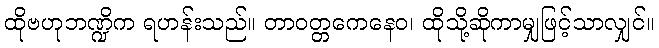
ထိုဗဟုဘဏ္ဍိက ရဟန်းသည်။ တာဝတ္တကေနေဝ၊ ထိုသို့ဆိုကာမျှဖြင့်သာလျှင်။